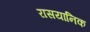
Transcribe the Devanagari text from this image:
रासयानिक